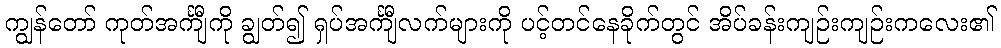
ကျွန်တော် ကုတ်အင်္ကျီကို ချွတ်၍ ရှပ်အင်္ကျီလက်များကို ပင့်တင်နေခိုက်တွင် အိပ်ခန်းကျဉ်းကျဉ်းကလေး၏